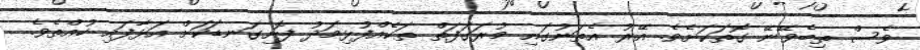
ވެސް ތިބެވޭނޭ ގޮތަކަށެވެ. އޭރު އެތަނުގައި މުރަގަފަތް ތަކެއްފުޅިމަދު ފޮށިގަނޑަކަށް އަޅާފައި ހުއްތެވެ.